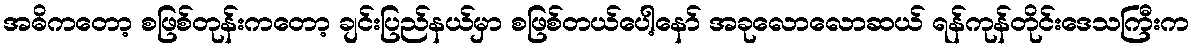
အဓိကတော့ စဖြစ်တုန်းကတော့ ချင်းပြည်နယ်မှာ စဖြစ်တယ်ပေါ့နော် အခုလောလောဆယ် ရန်ကုန်တိုင်းဒေသကြီးက